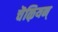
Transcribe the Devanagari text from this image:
चॆऴियन्